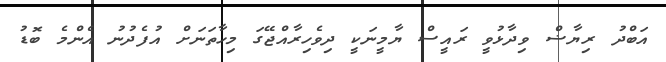
އަބްދު ރިޔާޟް ވިދާޅުވީ ރައީސް ޔާމީނަކީ ދިވެހިރާއްޖޭގަ މިހާތަނަށް އުފެދުނު އެންމެ ބޮޑު